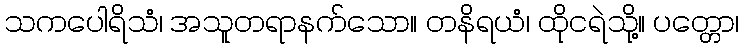
သကပေါရိသံ၊ အသူတရာနက်သော။ တနိရယံ၊ ထိုငရဲသို့။ ပတ္တော၊